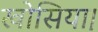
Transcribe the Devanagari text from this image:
खोसिया।